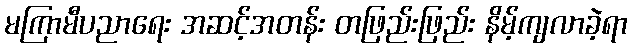
မကြာမီပညာရေး အဆင့်အတန်း တဖြည်းဖြည်း နိမ့်ကျလာခဲ့ရာ